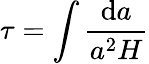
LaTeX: \tau=\int\frac{\mathrm{d}a}{a^{2}H}